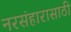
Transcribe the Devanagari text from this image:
नरसंहारासाठी